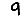
Digit: 9